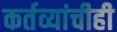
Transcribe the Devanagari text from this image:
कर्तव्यांचीही